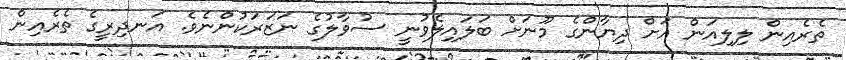
ތެރެއިން ލިލިއަން އަށް ދިޔާންގެ މޫނަށް ބަލައިލެވުނީ ސުވާލުގެ ނަޒަރަކުންނެވެ. އަނދިރީގެ ތެރެއިން